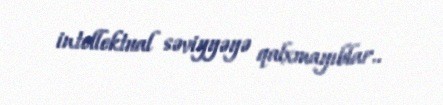
intellektual səviyyəyə qalxmayıblar..